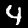
Digit: 4